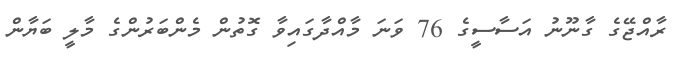
ރާއްޖޭގެ ގާނޫނު އަސާސީގެ 76 ވަނަ މާއްދާގައިވާ ގޮތުން މެންބަރުންގެ މާލީ ބަޔާން